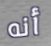
أنه